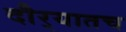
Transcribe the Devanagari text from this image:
दौर्‍यातच